65_HS1-834228961_62-HQ-83894_Section_3
Agency: FBI
Page 155
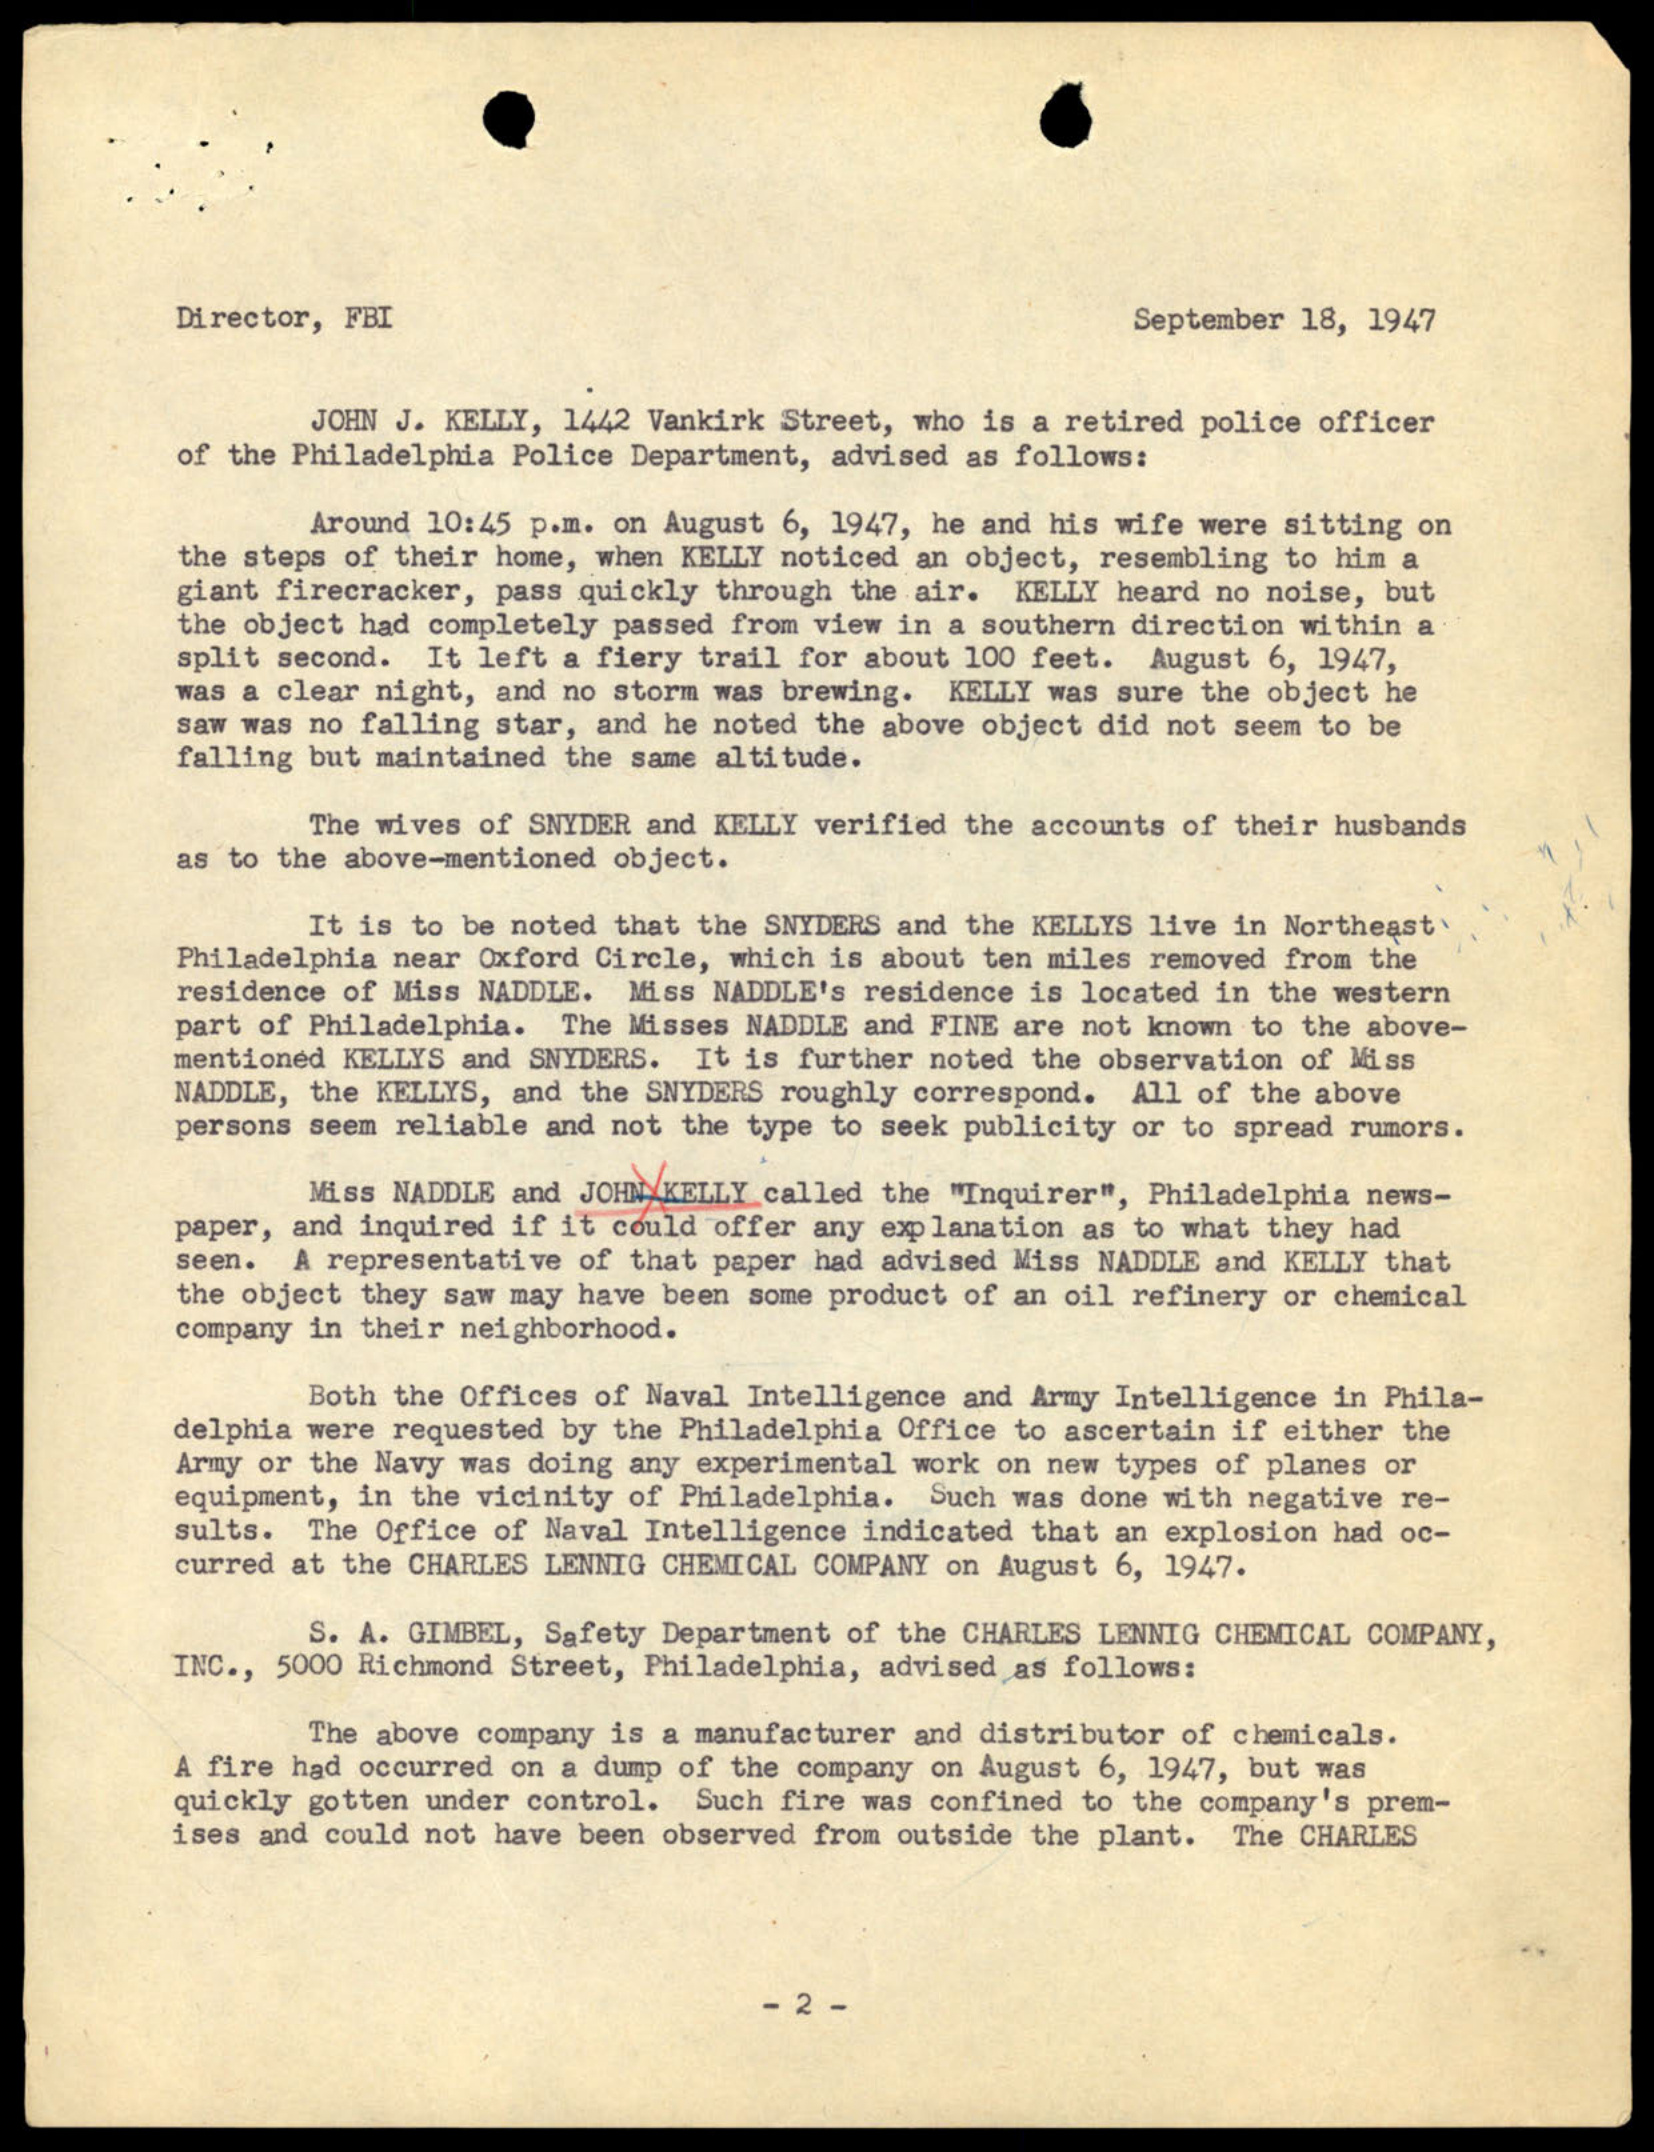